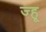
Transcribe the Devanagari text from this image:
ज्हू